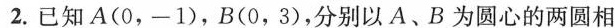
2.已知A(0，-1)，B(0，3)，分别以A、B为圆心的两圆相